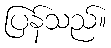
ပြန်သည်။